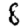
Digit: 8